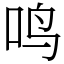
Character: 鸣